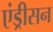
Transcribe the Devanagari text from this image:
एंड्रीसन